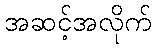
အဆင့်အလိုက်